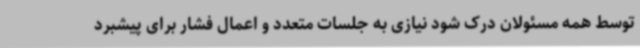
توسط همه مسئولان درک شود نیازی به جلسات متعدد و اعمال فشار برای پیشبرد